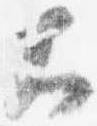
大